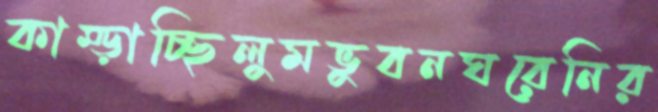
কাম্‌ড়াচ্ছিলুমভুবনঘরেনির